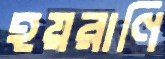
হয়রাণি